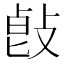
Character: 𢽭